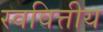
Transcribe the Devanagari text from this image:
स्ववित्तीय